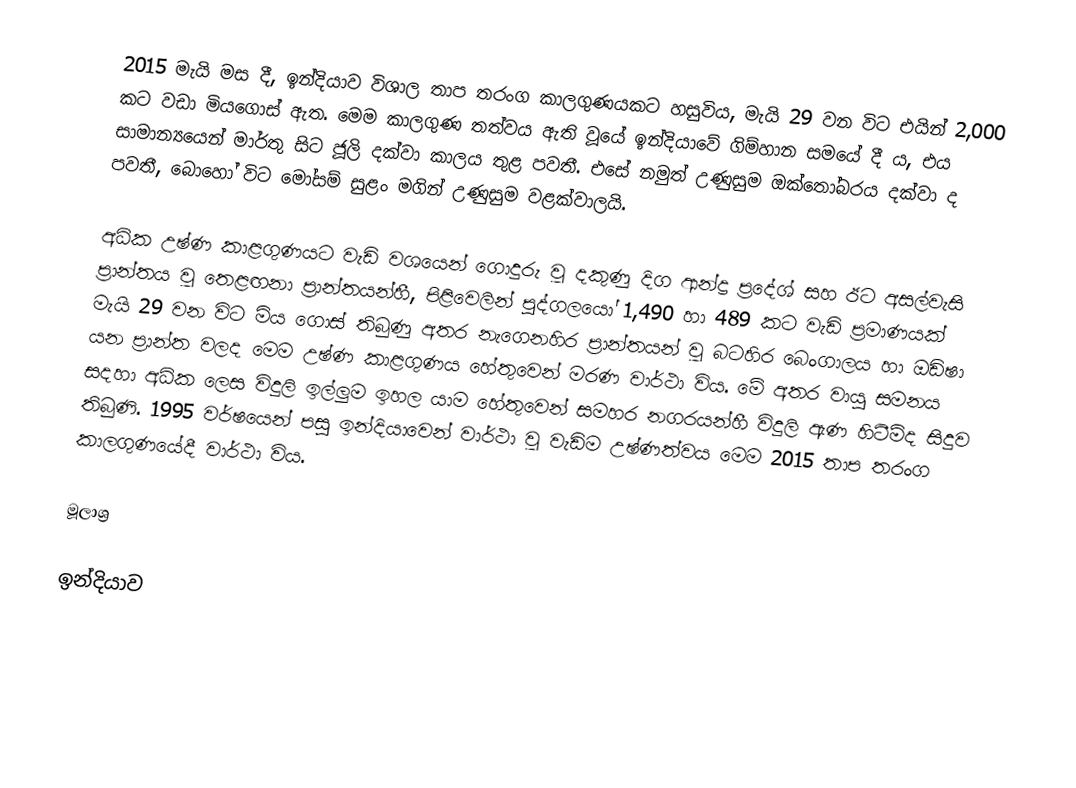
2015 මැයි මස දී, ඉන්දියාව විශාල තාප තරංග කාලගුණයකට හසුවිය, මැයි 29 වන විට එයින් 2,000 කට වඩා මියගොස් ඇත. මෙම කාලගුණ තත්වය ඇති වූයේ ඉන්දියාවේ ගිම්හාන සමයේ දී ය, එය සාමාන්‍යයෙන් මාර්තු සිට ජූලි දක්වා කාලය තුළ පවතී. එසේ නමුත් උණුසුම ඔක්තෝබරය දක්වා ද පවතී, බොහෝ විට මෝසම් සුළං මගින් උණුසුම වළක්වාලයි.

අධික උෂ්ණ කාළගුණයට වැඩි වශයෙන් ගොදුරු වූ දකුණු දිග ආන්ද්‍ර ප්‍රදේශ් සහ ඊට අසල්වැසි ප්‍රාන්තය වූ තෙළඟනා ප්‍රාන්තයන්හී, පිළිවෙලින් පුද්ගලයෝ 1,490 හා 489 කට වැඩි ප්‍රමාණයක් මැයි 29 වන විට මිය ගොස් තිබුණු අතර නැගෙනහිර ප්‍රාන්තයන් වූ බටහිර බෙංගාලය හා ඔඩිෂා යන ප්‍රාන්ත වලද මෙම උෂ්ණ කාළගුණය හේතුවෙන් මරණ වාර්ථා විය. මේ අතර වායු සමනය සදහා අධික ලෙස විදුලි ඉල්ලුම ඉහල යාම හේතුවෙන් සමහර නගරයන්හී විදුලි ඇණ හිටීම්ද සිදුව තිබුණි. 1995 වර්ෂයෙන් පසු ඉන්දියාවෙන් වාර්ථා වූ වැඩිම උෂ්ණත්වය මෙම 2015 තාප තරංග කාලගුණයේදී වාර්ථා විය.

මූලාශ්‍ර

ඉන්දියාව